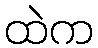
ထဲက